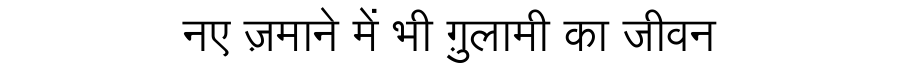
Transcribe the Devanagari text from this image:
नए ज़माने में भी ग़ुलामी का जीवन